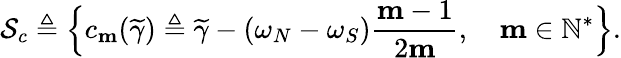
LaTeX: \mathcal{S}_{c}\triangleq\Big\{ c_{\mathbf{m}}(\widetilde{\gamma})\triangleq\widetilde{\gamma}-(\omega_{N}-\omega_{S})\frac{\mathbf{m}-1}{2\mathbf{m}},\quad\mathbf{m}\in\mathbb{N}^{*}\Big\} .